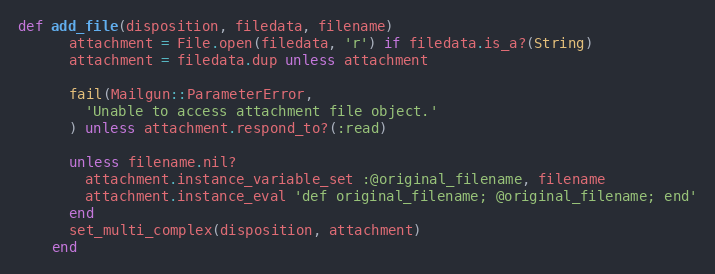
Language: Ruby
def add_file(disposition, filedata, filename)
      attachment = File.open(filedata, 'r') if filedata.is_a?(String)
      attachment = filedata.dup unless attachment

      fail(Mailgun::ParameterError,
        'Unable to access attachment file object.'
      ) unless attachment.respond_to?(:read)

      unless filename.nil?
        attachment.instance_variable_set :@original_filename, filename
        attachment.instance_eval 'def original_filename; @original_filename; end'
      end
      set_multi_complex(disposition, attachment)
    end